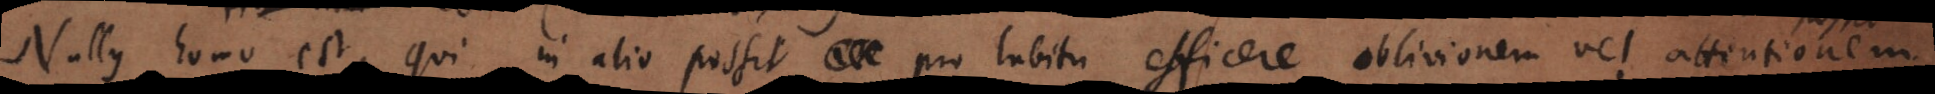
mo est, qui in alio possit pro habitu efficere oblivionem vel attentionem.